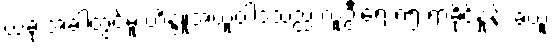
ယခု အခါတွင်မူ ဟိန္ဒူအယူဝါဒသည် လူဦးရေ ၈၅ ရာခိုင်နှုန်း ခံယူ